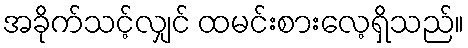
အခိုက်သင့်လျှင် ထမင်းစားလေ့ရှိသည်။